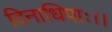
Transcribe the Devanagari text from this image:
दिनाधिपाः।।